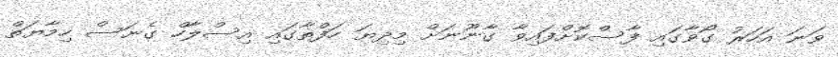
ވަނަ އަހަރު ގޯވާގައި ފާސްކޮށްފައިވާ ގާނޫނަށް މިދިޔަ ހަފްތާގައި އިސްލާހް ގެނަސް ހިމާޔަތް